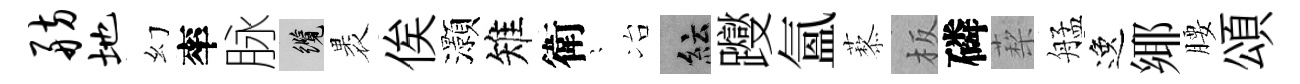
舫地幻率脉纜褁俟灝雉衛隠冶紜躞氳藜板磷蔾艋逸鄊腰頌